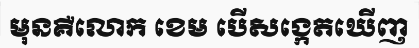
មុនគឺលោក ខេម បើសង្កេតឃើញ